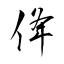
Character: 佭